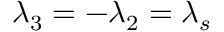
\lambda _ { 3 } = - \lambda _ { 2 } = \lambda _ { s }